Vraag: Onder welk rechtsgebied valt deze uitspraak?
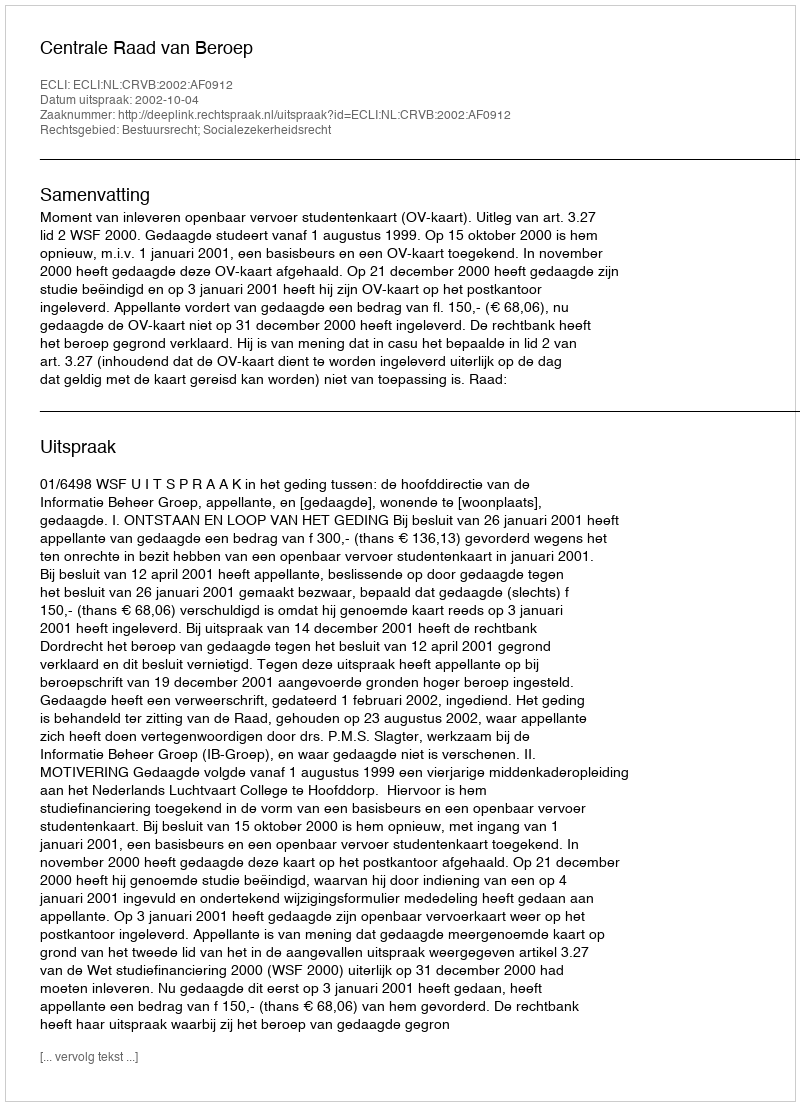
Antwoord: Bestuursrecht; Socialezekerheidsrecht